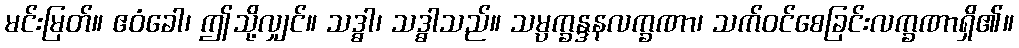
မင်းမြတ်။ ဧဝံခေါ၊ ဤသို့လျှင်။ သဒ္ဓါ၊ သဒ္ဓါသည်။ သမ္ပက္ခန္ဒနလက္ခဏာ၊ သက်ဝင်စေခြင်းလက္ခဏာရှိ၏။